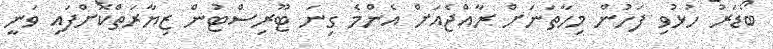
ބޯޑަރު ހުޅުވި ފަހުން މިހާތަނަށް ރާއްޖެއަށް އެންމެ ގިނަ ޓޫރިސްޓުން ޒިޔާރަތްކޮށްފައި ވަނީ